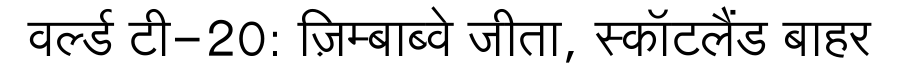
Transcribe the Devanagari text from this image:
वर्ल्ड टी-20: ज़िम्बाब्वे जीता, स्कॉटलैंड बाहर